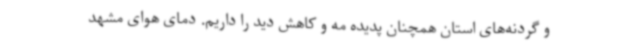
و گردنه‌های استان همچنان پدیده مه و کاهش دید را داریم. دمای هوای مشهد